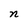
Character: n